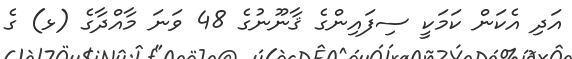
އަދި އެކަން ކަމަކީ ސިފައިންގެ ޤާނޫނުގެ 48 ވަނަ މާއްދާގެ (ޅ) ގެ